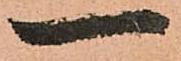
一